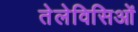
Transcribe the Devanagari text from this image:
तेलेविसिओं